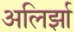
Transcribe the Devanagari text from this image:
अलिर्झा